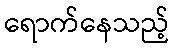
ရောက်နေသည့်